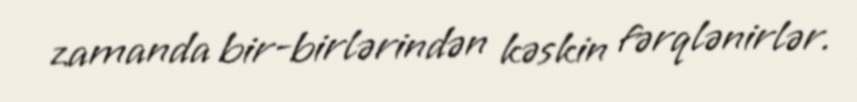
zamanda bir-birlərindən kəskin fərqlənirlər.